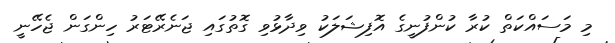
މި މަސައްކަތް ކުރާ ކުންފުނީގެ އޮފިޝަލަކު ވިދާޅުވި ގޮތުގައި ޖަނެރޭޓަރު ހިންގަން ޖެހޭނީ